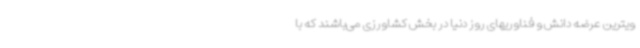
ویترین عرضه دانش و فناوریهای روز دنیا در بخش کشاورزی می‌باشند که با